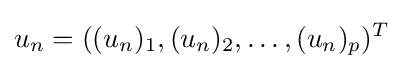
u_{n}=((u_{n})_{1},(u_{n})_{2},\ldots ,(u_{n})_{p})^{T}